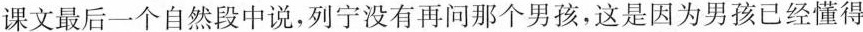
课文最后一个自然段中说，列宁没有再问那个男孩，这是因为男孩已经懂得